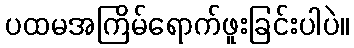
ပထမအကြိမ်ရောက်ဖူးခြင်းပါပဲ။